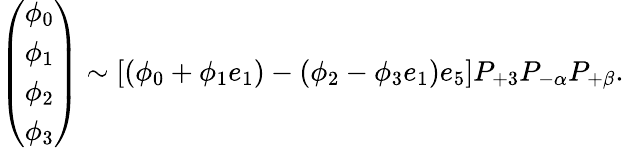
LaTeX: \left(\begin{array}{l}{{\phi_{0}}}\\ {{\phi_{1}}}\\ {{\phi_{2}}}\\ {{\phi_{3}}}\end{array}\right)\sim[(\phi_{0}+\phi_{1}e_{1})-(\phi_{2}-\phi_{3}e_{1})e_{5}]P_{+3}P_{-\alpha}P_{+\beta}.